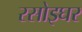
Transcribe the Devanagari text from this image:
रसोइघर